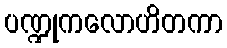
ပဏ္ဍုကလောဟိတကာ